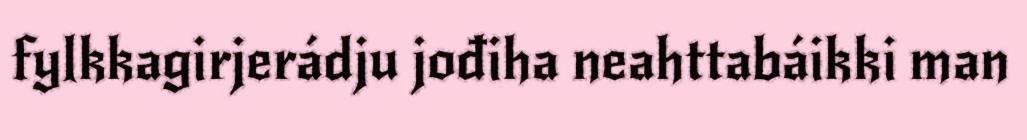
fylkkagirjerádju jođiha neahttabáikki man